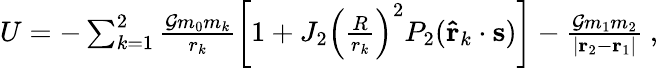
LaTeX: \begin{array}{r}{U=-\sum_{k=1}^{2}\frac{\mathcal{G}m_{0}m_{k}}{r_{k}}\left[1+J_{2}\left(\frac{R}{r_{k}}\right)^{2}P_{2}(\mathbf{\hat{r}}_{k}\cdot\mathbf{s})\right]-\frac{\mathcal{G}m_{1}m_{2}}{|\mathbf{r}_{2}-\mathbf{r}_{1}|}\ ,}\end{array}